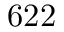
6 2 2